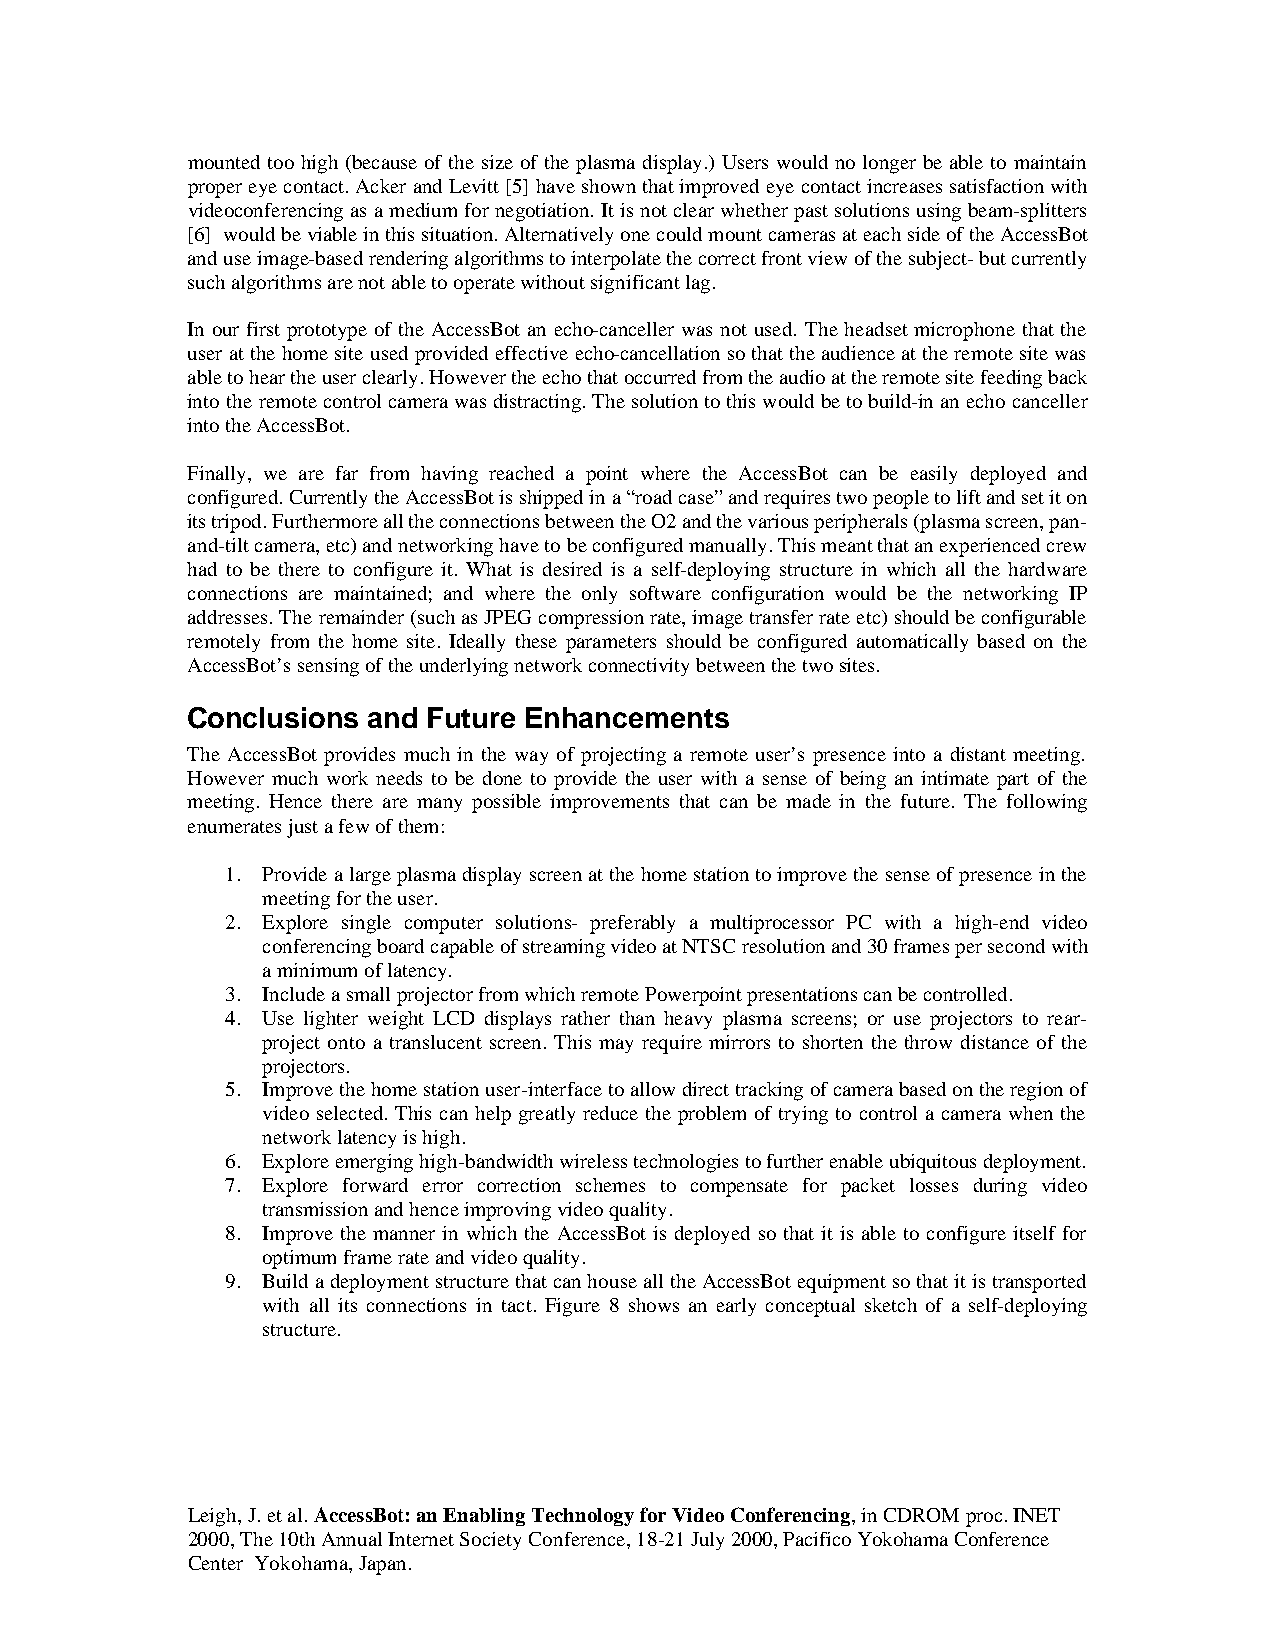
mounted too high (because of the size of the plasma display.) Users would no longer be able to maintain
 proper eye contact. Acker and Levitt [5] have shown that improved eye contact increases satisfaction with
 videoconferencing as a medium for negotiation. It is not clear whether past solutions using beam-splitters
 [6] would be viable in this situation. Alternatively one could mount cameras at each side of the AccessBot
 and use image-based rendering algorithms to interpolate the correct front view of the subject- but currently
 such algorithms are not able to operate without significant lag.
 In our first prototype of the AccessBot an echo-canceller was not used. The headset microphone that the
 user at the home site used provided effective echo-cancellation so that the audience at the remote site was
 able to hear the user clearly. However the echo that occurred from the audio at the remote site feeding back
 into the remote control camera was distracting. The solution to this would be to build-in an echo canceller
 into the AccessBot.
 Finally, we are far from having reached a point where the AccessBot can be easily deployed and
 configured. Currently the AccessBot is shipped in a “road case” and requires two people to lift and set it on
 its tripod. Furthermore all the connections between the O2 and the various peripherals (plasma screen, pan-
 and-tilt camera, etc) and networking have to be configured manually. This meant that an experienced crew
 had to be there to configure it. What is desired is a self-deploying structure in which all the hardware
 connections are maintained; and where the only software configuration would be the networking IP
 addresses. The remainder (such as JPEG compression rate, image transfer rate etc) should be configurable
 remotely from the home site. Ideally these parameters should be configured automatically based on the
 AccessBot’s sensing of the underlying network connectivity between the two sites.
 Conclusions and Future Enhancements
 The AccessBot provides much in the way of projecting a remote user’s presence into a distant meeting.
 However much work needs to be done to provide the user with a sense of being an intimate part of the
 meeting. Hence there are many possible improvements that can be made in the future. The following
 enumerates just a few of them:
 1. Provide a large plasma display screen at the home station to improve the sense of presence in the
 meeting for the user.
 2. Explore single computer solutions- preferably a multiprocessor PC with a high-end video
 conferencing board capable of streaming video at NTSC resolution and 30 frames per second with
 a minimum of latency.
 3. Include a small projector from which remote Powerpoint presentations can be controlled.
 4. Use lighter weight LCD displays rather than heavy plasma screens; or use projectors to rear-
 project onto a translucent screen. This may require mirrors to shorten the throw distance of the
 projectors.
 5. Improve the home station user-interface to allow direct tracking of camera based on the region of
 video selected. This can help greatly reduce the problem of trying to control a camera when the
 network latency is high.
 6. Explore emerging high-bandwidth wireless technologies to further enable ubiquitous deployment.
 7. Explore forward error correction schemes to compensate for packet losses during video
 transmission and hence improving video quality.
 8. Improve the manner in which the AccessBot is deployed so that it is able to configure itself for
 optimum frame rate and video quality.
 9. Build a deployment structure that can house all the AccessBot equipment so that it is transported
 with all its connections in tact. Figure 8 shows an early conceptual sketch of a self-deploying
 structure.
 Leigh, J. et al. AccessBot: an Enabling Technology for Video Conferencing, in CDROM proc. INET
 2000, The 10th Annual Internet Society Conference, 18-21 July 2000, Pacifico Yokohama Conference
 Center Yokohama, Japan.